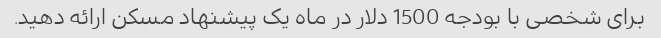
برای شخصی با بودجه 1500 دلار در ماه یک پیشنهاد مسکن ارائه دهید.